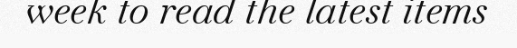
week to read the latest items